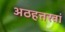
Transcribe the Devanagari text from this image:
अठहत्तरवां